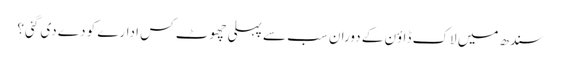
سندھ میں لاک ڈاؤن کے دوران سب سے پہلی چھوٹ کس ادارے کو دے دی گئی؟